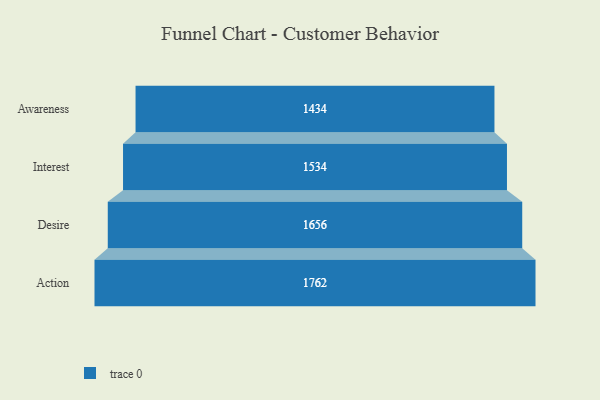
{"axis": {"x": "Stage", "y": "Value"}, "legend": [""], "data": [{"x": "Awareness", "y": 1434.0, "type": ""}, {"x": "Interest", "y": 1534.0, "type": ""}, {"x": "Desire", "y": 1656.0, "type": ""}, {"x": "Action", "y": 1762.0, "type": ""}]}